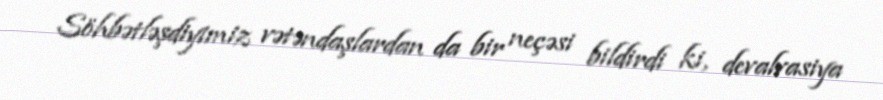
Söhbətləşdiyimiz vətəndaşlardan da bir neçəsi bildirdi ki, devalvasiya